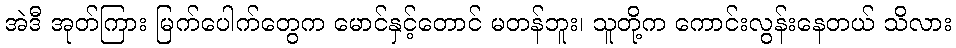
အဲဒီ အုတ်ကြား မြက်ပေါက်တွေက မောင်နှင့်တောင် မတန်ဘူး၊ သူတို့က ကောင်းလွန်းနေတယ် သိလား